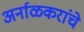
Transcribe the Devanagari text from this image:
अर्नाळकरांचे